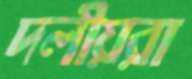
দলীয়রা